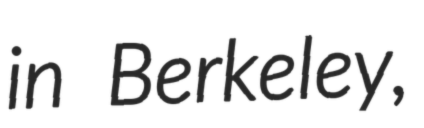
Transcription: in Berkeley,